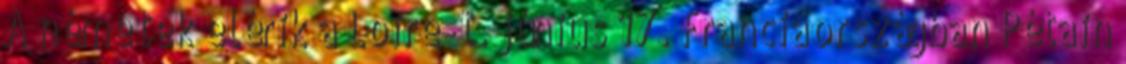
A németek elérik a Loire-t. június 17. Franciaországban Pétain